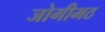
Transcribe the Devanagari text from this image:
जोगीमठ